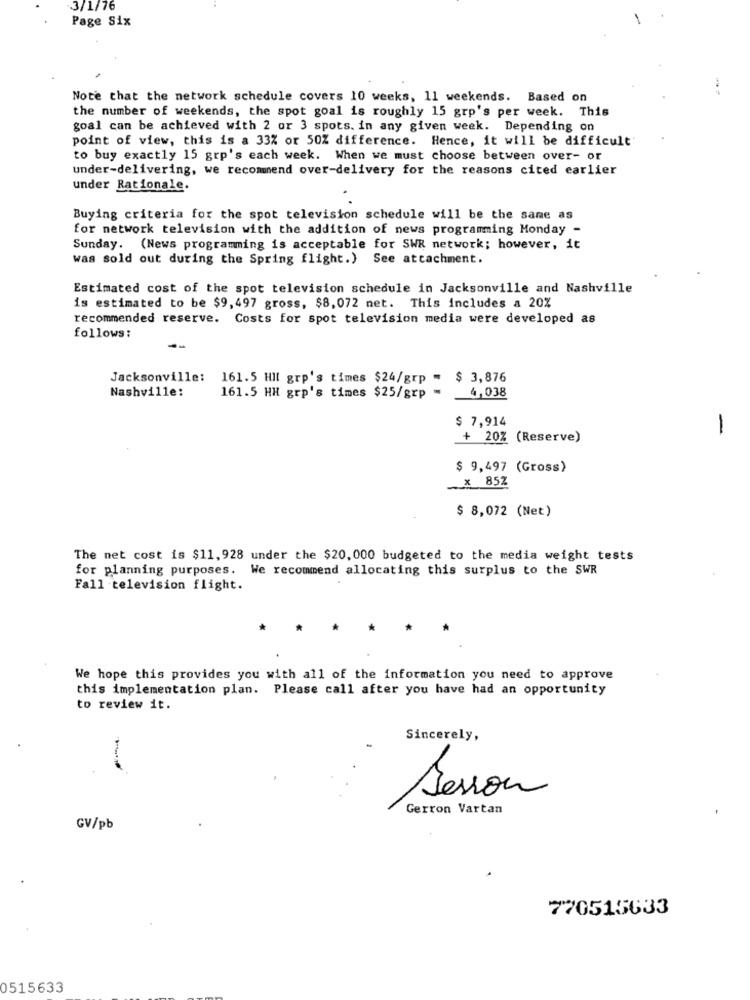
3/1/76
Page Six
Note that the network schedule covers 10 weeks, 11 weekends. Based on
the number of weekends, the spot goal is roughly 15 grp's per week. This
goal can be achieved with 2 or 3 spots. in any given week. Depending on
point of view, this is a 33% or 50% difference. Hence, it will be difficult'
to buy exactly 15 grp's each week. When we must choose between over- or
under-delivering, we recommend over-delivery for the reasons cited earlier
under Rationale.
Buying criteria for the spot television schedule will be the same as
for network television with the addition of news programming Monday -
Sunday. (News programming is acceptable for SWR network; however, it
was sold out during the Spring flight.) See attachment.
Estimated cost of the spot television schedule in Jacksonville and Nashville
is estimated to be $9,497 gross, $8,072 net. This includes a 20%
recommended reserve. Costs for spot television media were developed as
follows:
Jacksonville:
161.5 Hll grp's times $24/grp =
$ 3,876
4,038
Nashville:
161.5 HH grp's times $25/grp
$ 7,914
+ 20% (Reserve)
$ 9,497 (Gross)
_X 85Z
$ 8,072 (Net)
The net cost is $11,928 under the $20, 000 budgeted to the media weight tests
for planning purposes. We recommend allocating this surplus to the SWR
Fall television flight.
*
*
We hope this provides you with all of the information you need to approve
this implementation plan. Please call after you have had an opportunity
to review it.
Sincerely,
Jesson
Gerron Vartan
GV/pb
770515633
0515633